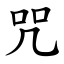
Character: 咒